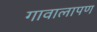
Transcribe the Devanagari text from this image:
गावालापण